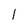
Character: l